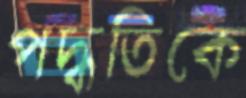
পদ্ধতিকে